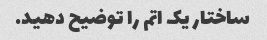
ساختار یک اتم را توضیح دهید.